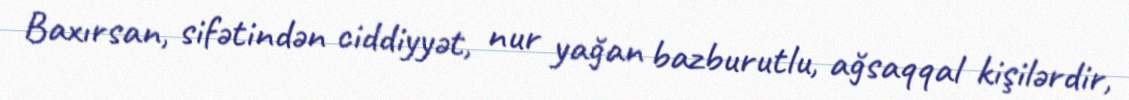
Baxırsan, sifətindən ciddiyyət, nur yağan bazburutlu, ağsaqqal kişilərdir,